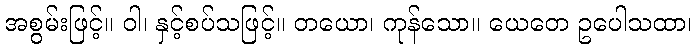
အစွမ်းဖြင့်။ ဝါ၊ နှင့်စပ်သဖြင့်။ တယော၊ ကုန်သော။ ယေတေ ဥပေါသထာ၊